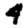
Digit: 4